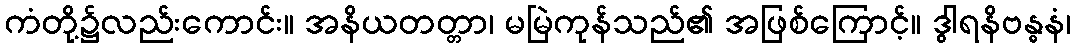
ကံတို့၌လည်းကောင်း။ အနိယတတ္တာ၊ မမြဲကုန်သည်၏ အဖြစ်ကြောင့်။ ဒွါရနိဗန္ဓနံ၊